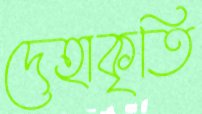
দেহাকৃতি